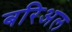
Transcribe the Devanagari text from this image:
बरिअल